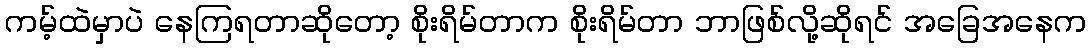
ကမ့်ထဲမှာပဲ နေကြရတာဆိုတော့ စိုးရိမ်တာက စိုးရိမ်တာ ဘာဖြစ်လို့ဆိုရင် အခြေအနေက